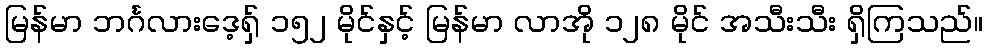
မြန်မာ ဘင်္ဂလားဒေ့ရှ် ၁၅၂ မိုင်နှင့် မြန်မာ လာအို ၁၂၈ မိုင် အသီးသီး ရှိကြသည်။